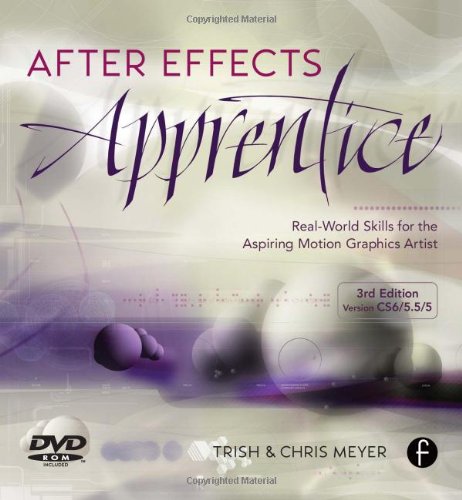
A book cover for After Effects Apprentice: Real World Skills for the Aspiring Motion Graphics Artist (Apprentice Series); Chris Meyer; Arts & Photography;